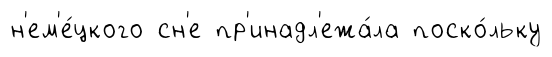
н'ем'е́цкого сн'е пр'инадл'ежа́ла поско́льку